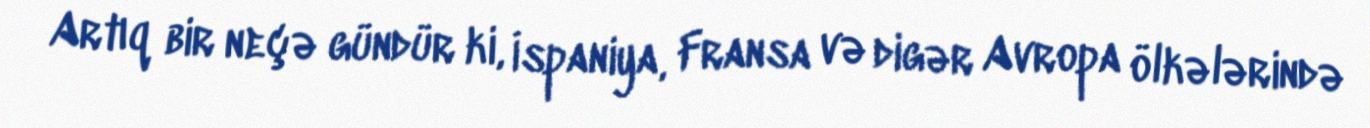
Artıq bir neçə gündür ki, İspaniya, Fransa və digər Avropa ölkələrində